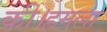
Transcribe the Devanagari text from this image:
की।हमला